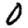
Digit: 0